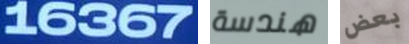
16367 هندسة بعض